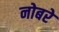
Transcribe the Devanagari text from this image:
नोबरे